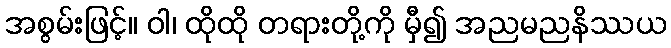
အစွမ်းဖြင့်။ ဝါ၊ ထိုထို တရားတို့ကို မှီ၍ အညမညနိဿယ